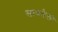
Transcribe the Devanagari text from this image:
साधलेली